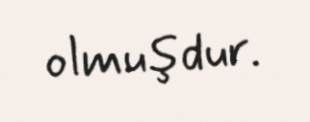
olmuşdur.